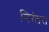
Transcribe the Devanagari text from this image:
निरंतरा